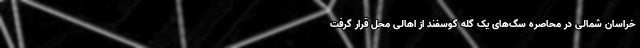
خراسان شمالی در محاصره سگ‌های یک گله گوسفند از اهالی محل قرار گرفت